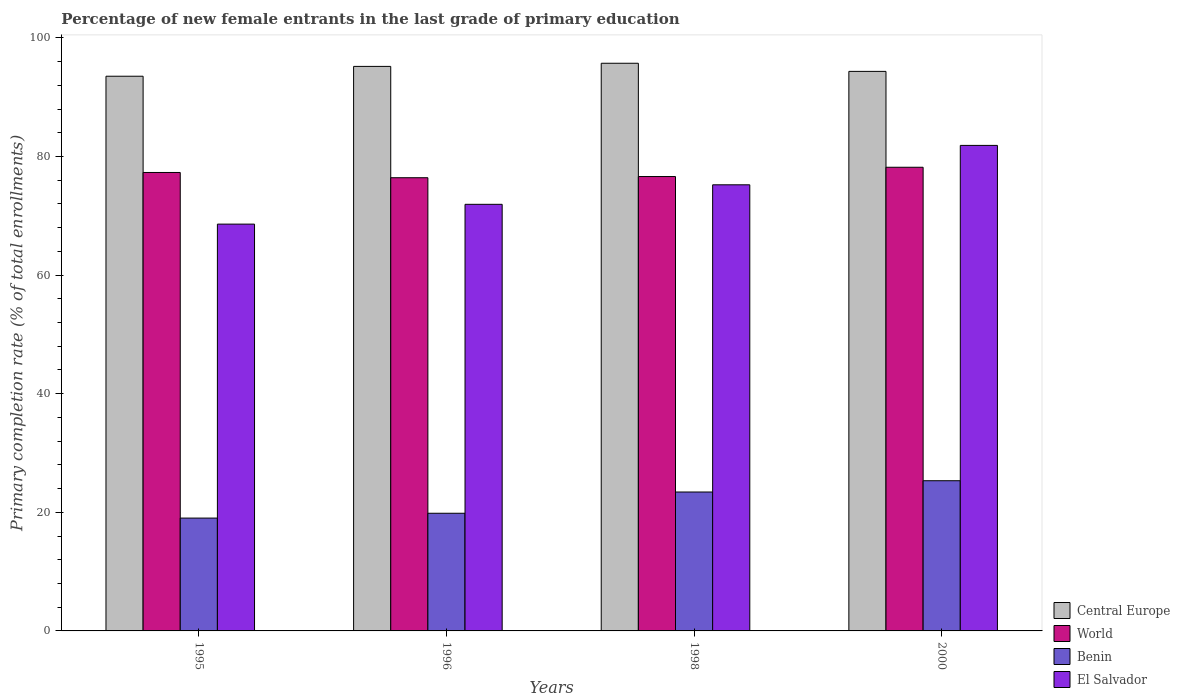
| Years | Central Europe | World | Benin | El Salvador |
 | --- | --- | --- | --- | --- |
 | 1995 | 93.5 | 77.3 | 19 | 68.6 |
 | 1996 | 95.2 | 76.4 | 19.8 | 71.9 |
 | 1998 | 95.7 | 76.6 | 23.4 | 75.2 |
 | 2000 | 94.3 | 78.2 | 25.3 | 81.9 |